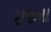
રાજાના